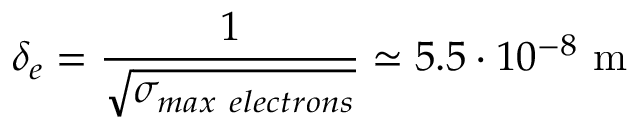
\delta _ { e } = \frac { 1 } { \sqrt { \sigma _ { m a x ~ e l e c t r o n s } } } \simeq 5 . 5 \cdot 1 0 ^ { - 8 } ~ \mathrm { m }